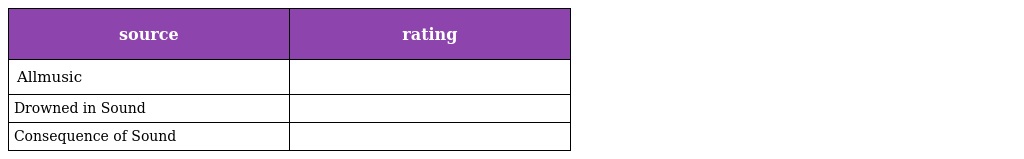
| source | rating |
 | --- | --- |
 | Allmusic |  |
 | Drowned in Sound |  |
 | Consequence of Sound |  |